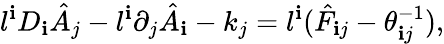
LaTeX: l^{\mathbf{i}}D_{\mathbf{i}}\hat{{A}}_{j}-l^{\mathbf{i}}\partial_{j}\hat{{A}}_{\mathbf{i}}-k_{j}=l^{\mathbf{i}}(\hat{{F}}_{\mathbf{i}j}-\theta_{\mathbf{i}j}^{-1}),